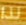
لذا